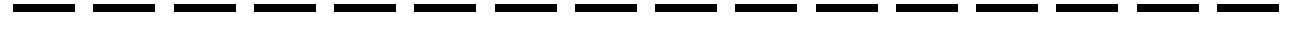
----------------